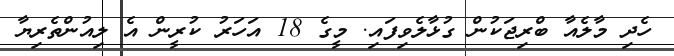
ހެދި މާލެއާ ބްރިޖަކުން ގުޅާލެވިފައި. މީގެ 18 އަހަރު ކުރީން އެ ލިއުންތެރިޔާ